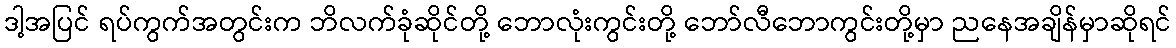
ဒါ့အပြင် ရပ်ကွက်အတွင်းက ဘိလက်ခုံဆိုင်တို့ ဘောလုံးကွင်းတို့ ဘော်လီဘောကွင်းတို့မှာ ညနေအချိန်မှာဆိုရင်